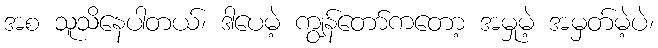
အစ သူသိနေပါတယ်၊ ဒါပေမဲ့ ကျွန်တော်ကတော့ အမှုမဲ့ အမှတ်မဲ့ပဲ၊